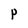
Character: P